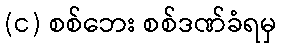
(င) စစ်ဘေး စစ်ဒဏ်ခံရမှ